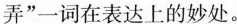
弄’’一词在表达上的妙处。